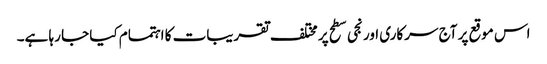
اس موقع پر آج سرکاری اور نجی سطح پر مختلف تقریبات کا اہتمام کیا جا رہا ہے۔